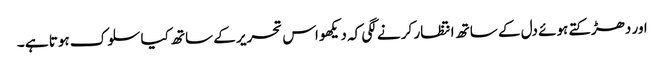
اور دھڑکتے ہوئے دل کے ساتھ انتظار کر نے لگی کہ دیکھو اس تحریر کے ساتھ کیا سلوک ہوتا ہے ۔